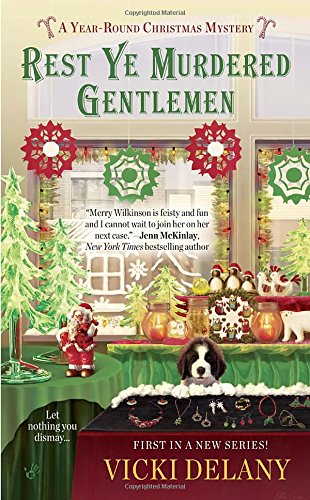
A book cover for Rest Ye Murdered Gentlemen (A Year-Round Christmas Mystery); Vicki Delany; Mystery, Thriller & Suspense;